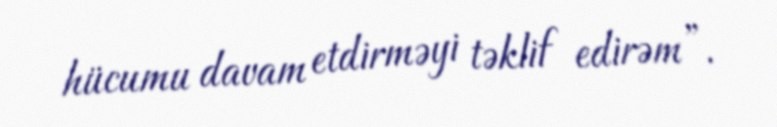
hücumu davam etdirməyi təklif edirəm”.